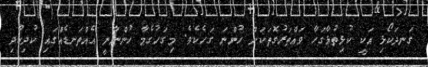
ގަނދަކޯޅި އަކީ ކުޅިތުޅާގަހާ ވައްތަރުގޮތަކަށް ހުންނަ ގަހެކެވެ. މިގަހުގެމާ ހުންނާނީ އެއްތަނޑެއްގައި ކުދިކުދި